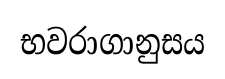
භවරාගානුසය